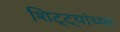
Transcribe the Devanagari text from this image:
शिट्ट्यांच्या